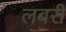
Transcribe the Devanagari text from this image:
लबरी